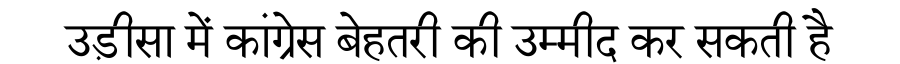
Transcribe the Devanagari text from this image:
उड़ीसा में कांग्रेस बेहतरी की उम्मीद कर सकती है